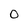
Character: 0